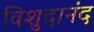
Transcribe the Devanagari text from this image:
विशुदानंद